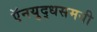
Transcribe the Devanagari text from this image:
ऍनयुद्धसमयी